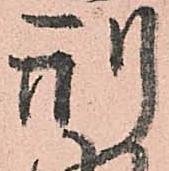
刑